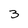
Character: 3